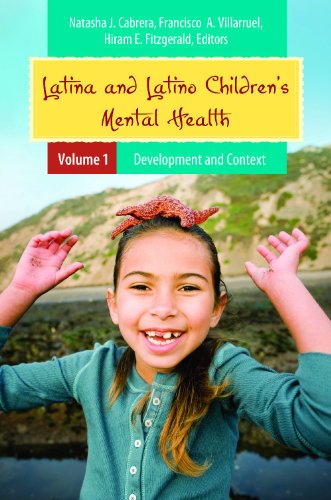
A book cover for Latina and Latino Children's Mental Health [2 volumes] (Child Psychology and Mental Health); Natasha J. Cabrera; Medical Books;